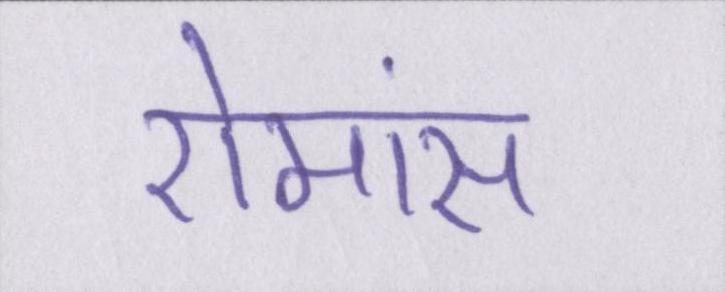
रोमांस